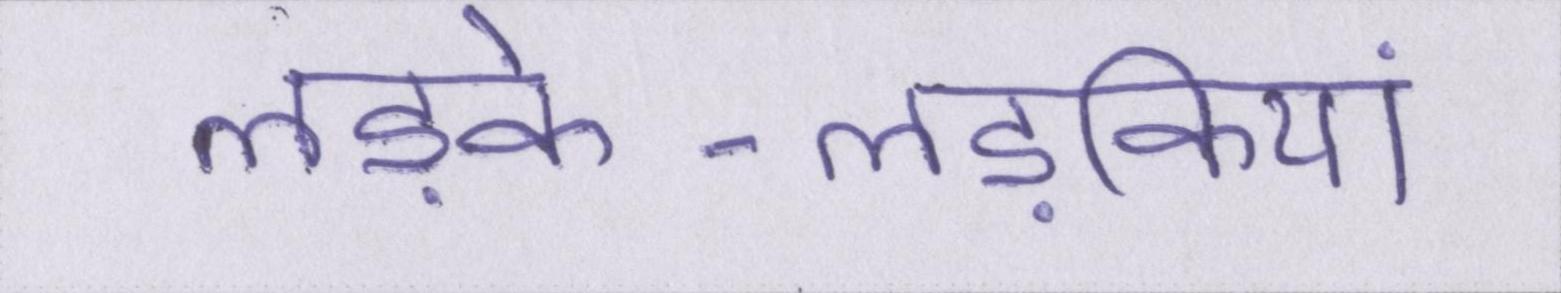
लड़के-लड़कियां